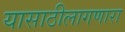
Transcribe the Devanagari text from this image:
यासाठीलागणारा